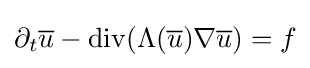
\partial _{t}{\overline {u}}-\operatorname {div} (\Lambda ({\overline {u}})\nabla {\overline {u}})=f